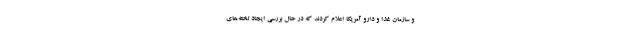
و سازمان غذا و دارو آمریکا اعلام کردند که در حال بررسی ایجاد لخته‌های